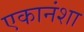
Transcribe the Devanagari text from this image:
एकानंशा